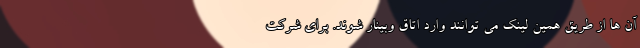
آن ها از طریق همین لینک می توانند وارد اتاق وبینار شوند. برای شرکت